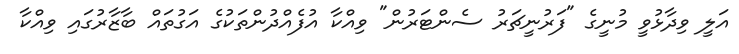
އަލީ ވިދާޅުވީ މުނީގެ "ފަރުނީޗަރު ސެންޓަރުން" ވިއްކާ އުފެއްދުންތަކުގެ އަގުތައް ބާޒާރުގައި ވިއްކާ